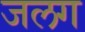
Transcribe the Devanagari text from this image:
जलग